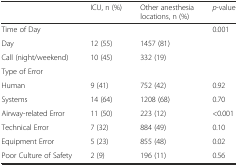
|  | ICU, n (%) | Other anesthesia locations, n (%) | p-value |
 | --- | --- | --- | --- |
 | Time of Day |  |  | 0.001 |
 | Day | 12 (55) | 1457 (81) |  |
 | Call (night/weekend) | 10 (45) | 332 (19) |  |
 | Type of Error |  |  |  |
 | Human | 9 (41) | 752 (42) | 0.92 |
 | Systems | 14 (64) | 1208 (68) | 0.70 |
 | Airway-related Error | 11 (50) | 223 (12) | <0.001 |
 | Technical Error | 7 (32) | 884 (49) | 0.10 |
 | Equipment Error | 5 (23) | 855 (48) | 0.02 |
 | Poor Culture of Safety | 2 (9) | 196 (11) | 0.56 |